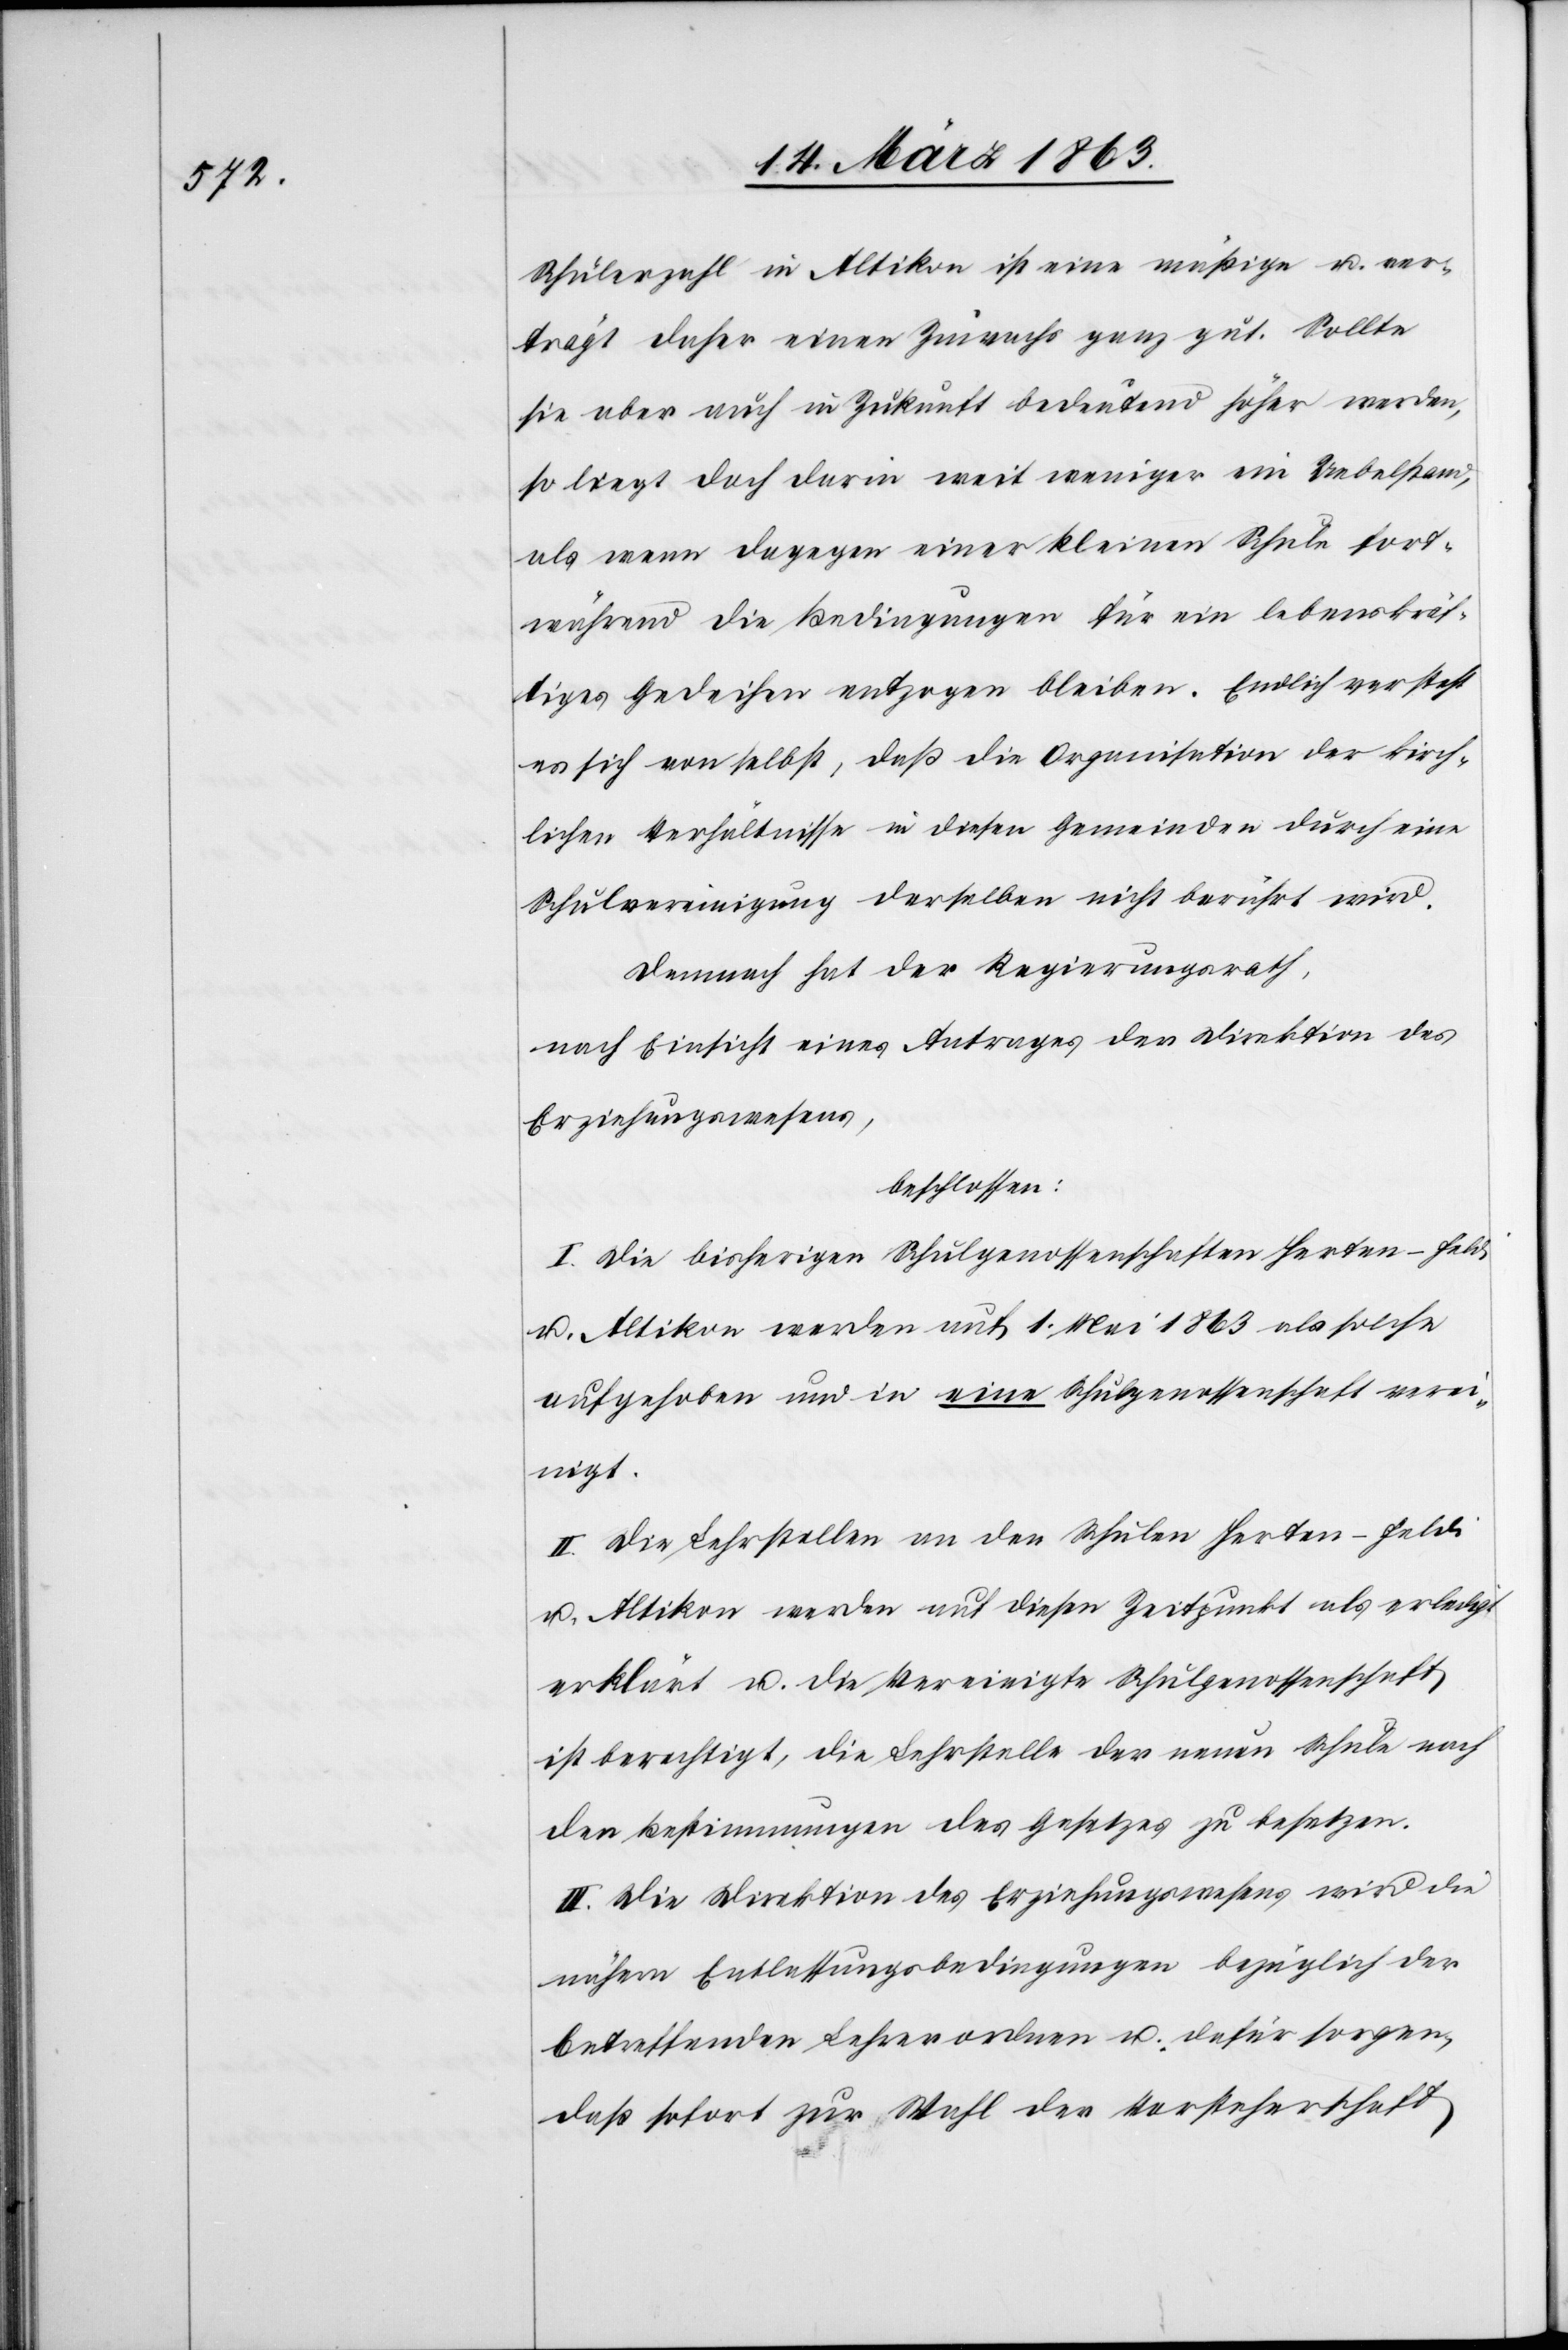
Schülerzahl in Altikon ist eine mäßige u. ver¬
trägt daher einen Zuwachs ganz gut. Sollte
sie aber auch in Zukunft bedeutend höher werden,
so liegt doch darin weit weniger ein Uebelstand,
als wenn dagegen einer kleinen Schule fort¬
während die Bedingungen für ein lebenskräf¬
tiges Gedeihen entzogen bleiben. Endlich versteht
es sich von selbst, daß die Organisation der kirch¬
lichen Verhältnisse in diesen Gemeinden durch eine
Schulvereinigung derselben nicht berührt wird.
Demnach hat der Regierungsrath,
nach Einsicht eines Antrages der Direktion des
Erziehungswesens,
beschlossen:
I. Die bisherigen Schulgenossenschaften Herten-Feldi
u. Altikon werden auf 1. Mai 1863 als solche
aufgehoben und in eine Schulgenossenschaft verei¬
nigt.
II. Die Lehrstellen an den Schulen Herten-Feldi
u. Altikon werden auf diesen Zeitpunkt als erledigt
erklärt u. die Vereinigte Schulgenossenschaft
ist berechtigt, die Lehrstelle der neuen Schule nach
den Bestimmungen des Gesetzes zu besetzen.
III. Die Direktion des Erziehungswesens wird die
nähern Entlassungsbedingungen bezüglich der
betreffenden Lehrer ordnen u. dafür sorgen,
daß sofort zur Wahl der Vorsteherschaft